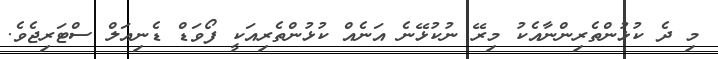
މި ދެ ކުޅުންތެރިންނާއެކު މިރޭ ނުކުޅޭނެ އަނެއް ކުޅުންތެރިއަކީ ފޯވަޑް ޑެނިއަލް ސްޓަރިޖެވެ.